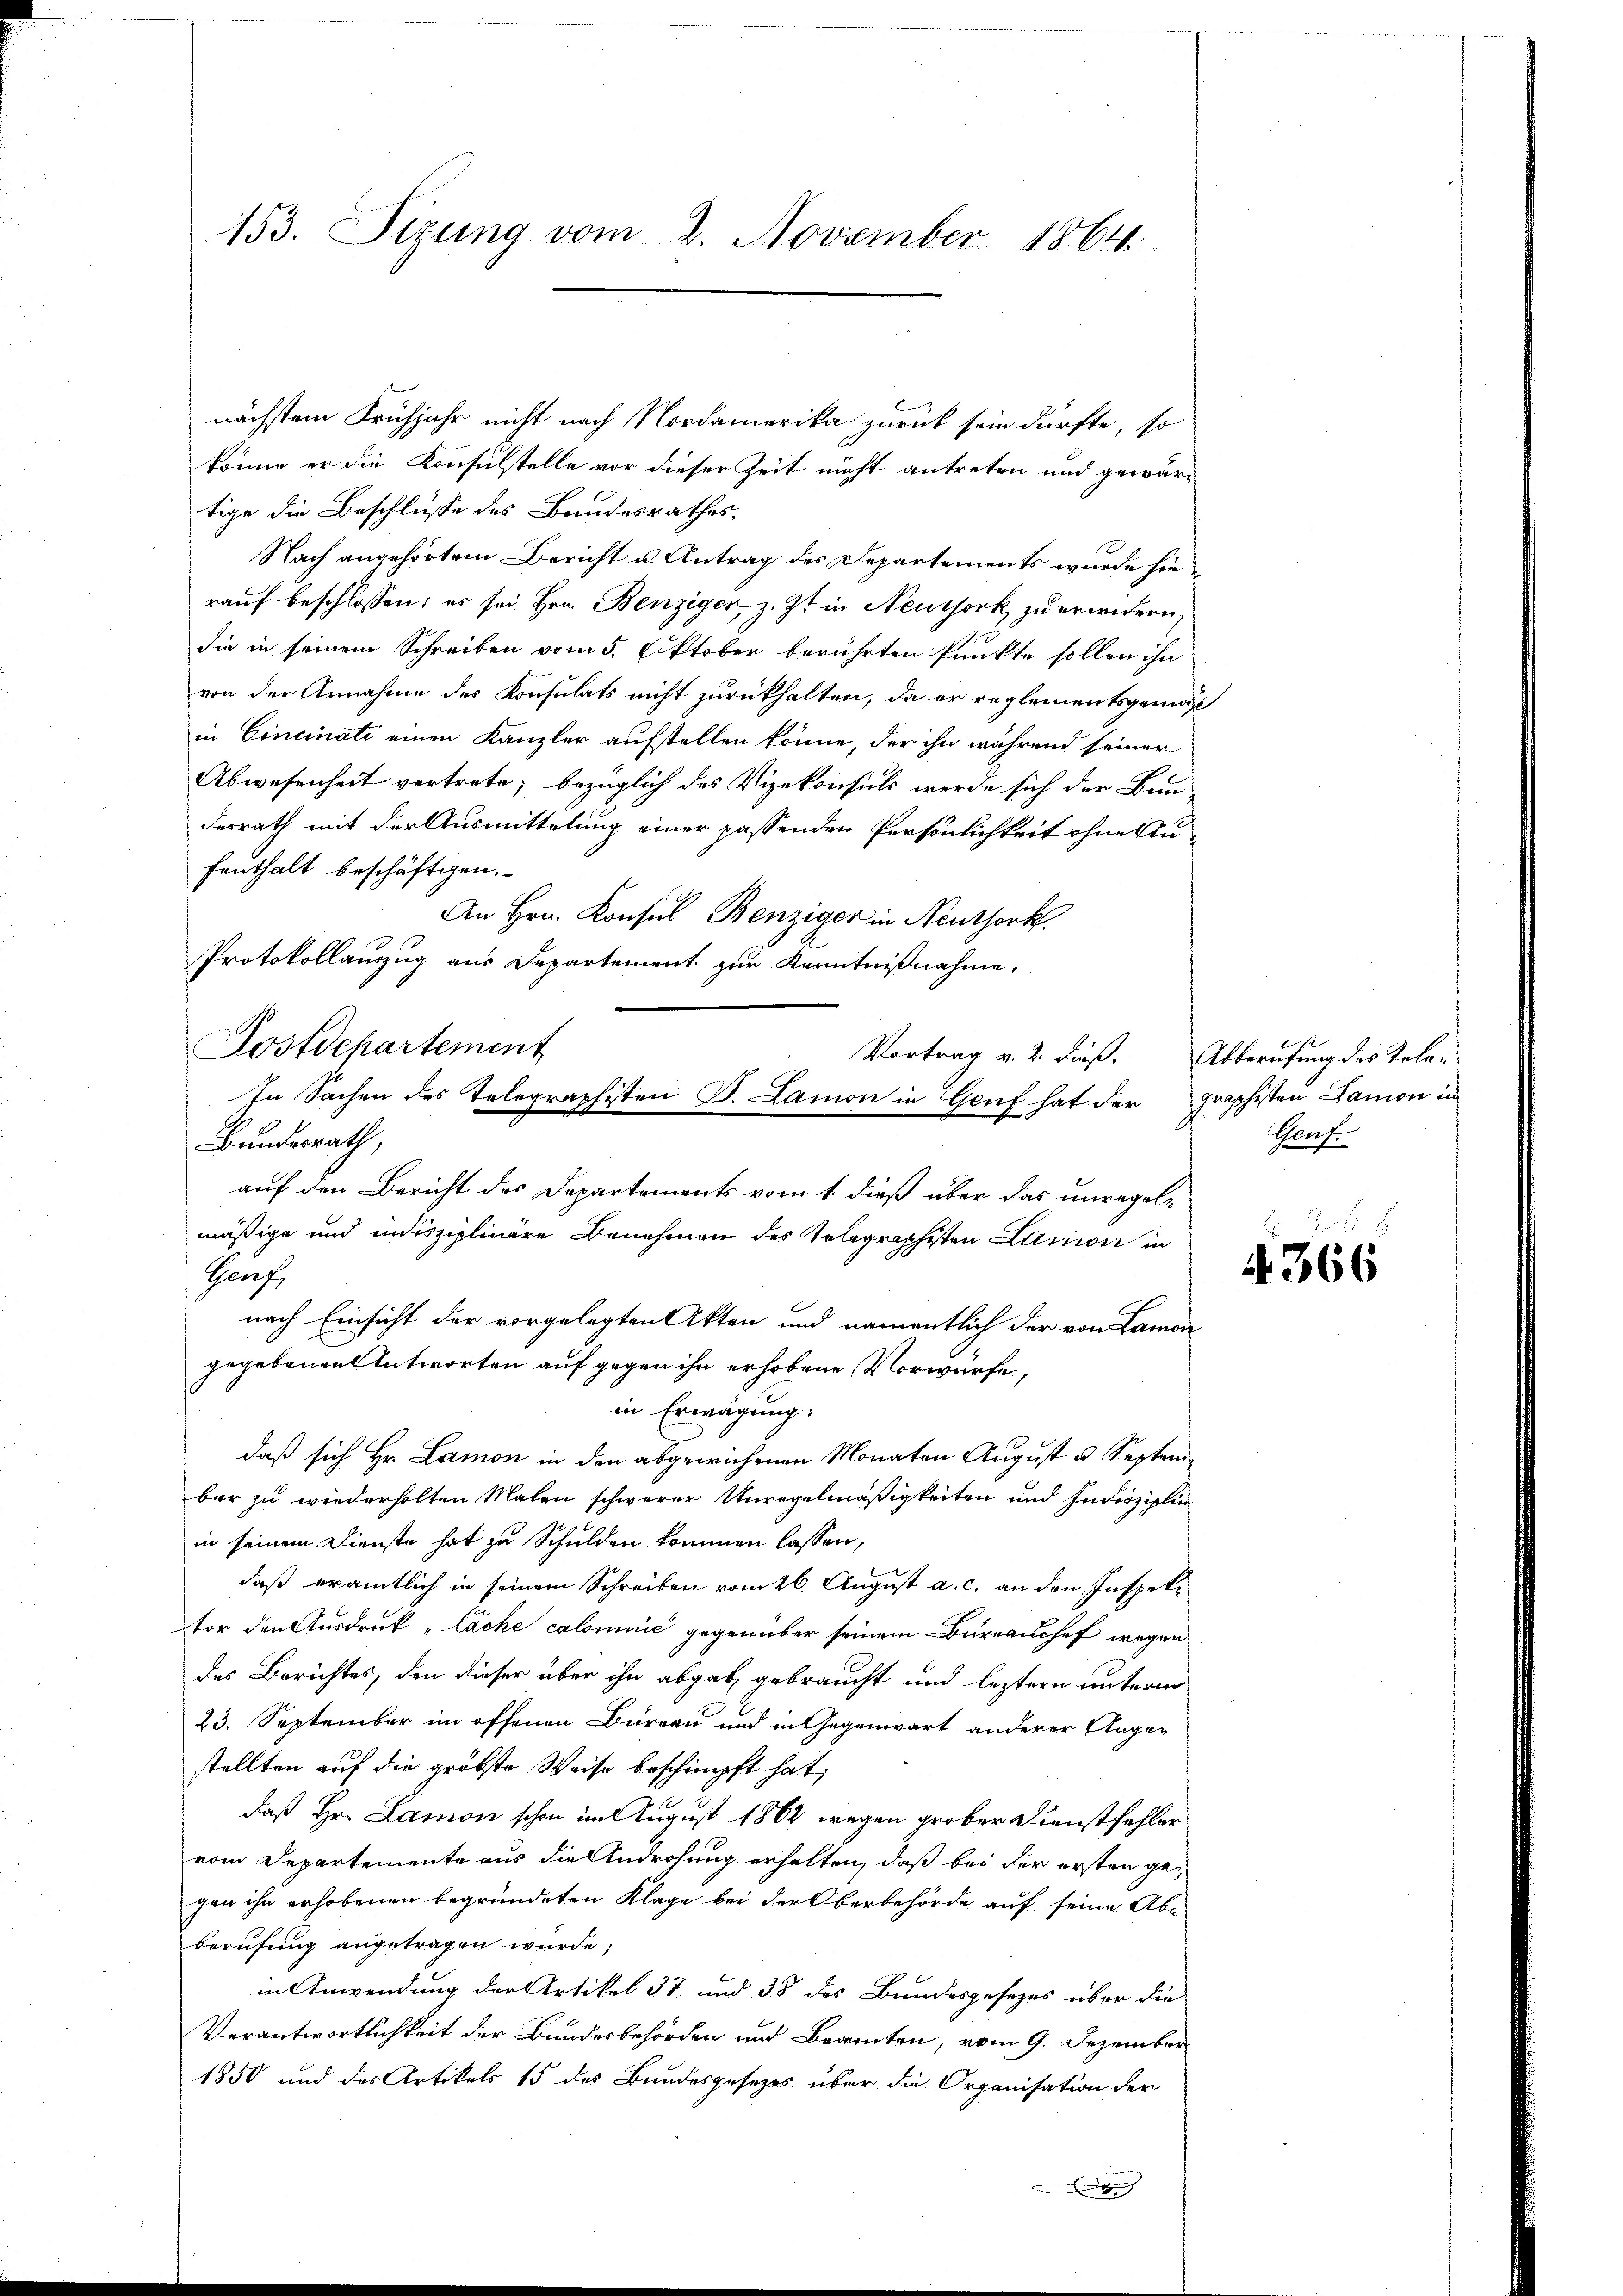
153. Sizung vom 2. November 1864.

nächstem Frühjahr nicht nach Nordamerika zurück sein dürfte, so
könne er die Konsulstelle vor dieser Zeit nicht antreten und gewärtige die Beschlüsse des Bundesrathes.
Nach angehörtem Bericht u. Antrag des Departements wurde hierauf beschlossen; es sei Hrn. Benziger, z. Zt. in Neuthork zu erwidern,
die in seinem Schreiben vom 5. Oktober berührten Punkte sollen ihn
von der Annahme des Konsulats nicht zurückhalten, da er reglementsgema
in Cincinati einen Kanzler aufstellen könne, der ihn während seiner
Abwesenheit vertrete; bezüglich des Vizekonsuls werde sich der Bau-
derrath mit der Ausmittelung einer passenden Persönlichkeit ohne Anfenthalt beschäftigen.
An Hrn. Konsul Benziger in Neuthork
nach Einsicht der vorgelegten Akten und namentlich der von Lamon
gegebenen Antworten auf gegen ihn erhobene Vorwürfe,
in Erwägung:
daß sich Hr. Lamon in den abgewichenen Monaten August u. Septem
bar zu wiederholten Malen schwerer Unregelmäßigkeiten und Indisziplin
in seinem Dienste hat zu Schulden kommen lassen,
daß eramtlich in seinem Schreiben vom 26. August a. c. an den Inspektor den Ausdruck „Sache calomine gegenüber seinem Bureauchef wegen
des Berichtes, den dieser über ihn abgab, gebraucht und leztern unterm
23. September im offenen Büreau und in Gegenwart anderer Augen
stellten auf die gröbste Weise beschimpft hat,
daß Hr. Lamon schon im August 1864 wegen grober Dienstfehler
vom Departemente aus die Androhung erhalten, daß bei der ersten gegen ihn erhobenen begründeten Klage bei der Oberbehörde auf seine Abe
berufung angetragen wurde;
in Anwendung der Artikel 37 und 38 des Bundesgesezes über die
Verantwortlichkeit der Bundesbehörden und Beamten, vom 9. Dezember
1850 und des Artikels 15 des Bundesgesezes über die Organisation der
Ei

Protokollauszug aus Departement zur Kenntnißnahme,
Postdepartement
Vortrag v. 2. dieß. Abberufung des Tele¬
In Sachen des Telegraphisten B. Lamon in Genf hat der graphisten Damon in
Bundesrath,
auf den Bericht des Departements vom 1. dieß über das unregelmäßige und indisziplinare Benehmen des Telegraphisten Laniiii in
Graf

Genf.

4366